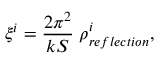
\xi ^ { i } = { \frac { 2 \pi ^ { 2 } } { k S } } \; \rho _ { r e f l e c t i o n } ^ { i } ,